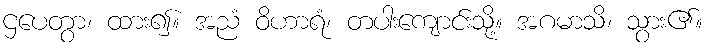
ဌပေတွာ၊ ထား၍။ အညံ ဝိဟာရံ၊ တပါးကျောင်းသို့။ အဂမာသိ၊ သွား၏။